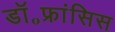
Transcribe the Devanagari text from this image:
डॉ॰फ्रांसिस